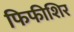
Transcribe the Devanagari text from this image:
फिफीशिर